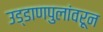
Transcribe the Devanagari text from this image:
उड्डाणपुलांवरून